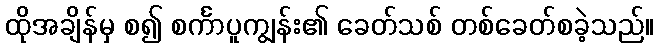
ထိုအချိန်မှ စ၍ စင်္ကာပူကျွန်း၏ ခေတ်သစ် တစ်ခေတ်စခဲ့သည်။